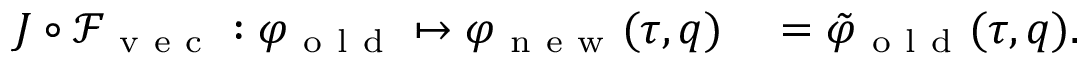
\begin{array} { r l } { J \circ \mathcal { F } _ { \mathrm { ~ v ~ e ~ c ~ } } : \varphi _ { \mathrm { ~ o ~ l ~ d ~ } } \mapsto \varphi _ { \mathrm { ~ n ~ e ~ w ~ } } ( \tau , q ) } & { { } = \tilde { \varphi } _ { \mathrm { ~ o ~ l ~ d ~ } } ( \tau , q ) . } \end{array}